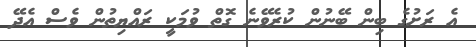
އެ ރަށުގެ ބިން ބޭނުން ކުރެވޭނެ ގޮތް ވުމަކީ ރައްޔިތުން ވެސް އެދޭ